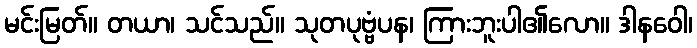
မင်းမြတ်။ တယာ၊ သင်သည်။ သုတပုဗ္ဗံပန၊ ကြားဘူးပါ၏လော။ ဒါနဝေါ၊